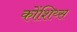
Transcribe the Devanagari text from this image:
कोंशिय्स